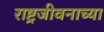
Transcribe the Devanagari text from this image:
राष्ट्रजीवनाच्या